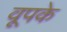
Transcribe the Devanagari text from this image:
वूपके